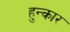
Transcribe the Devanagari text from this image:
हुन्कार